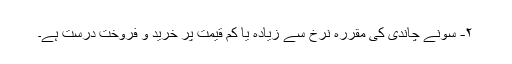
۲- سونے چاندی کی مقررہ نرخ سے زیادہ یا کم قیمت پر خرید و فروخت درست ہے۔